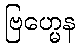
ဗြဟ္မေန